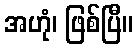
အဟုံ၊ ဖြစ်ပြီ။